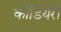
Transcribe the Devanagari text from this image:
कोडियेरी